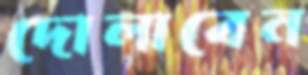
দোলাবেন